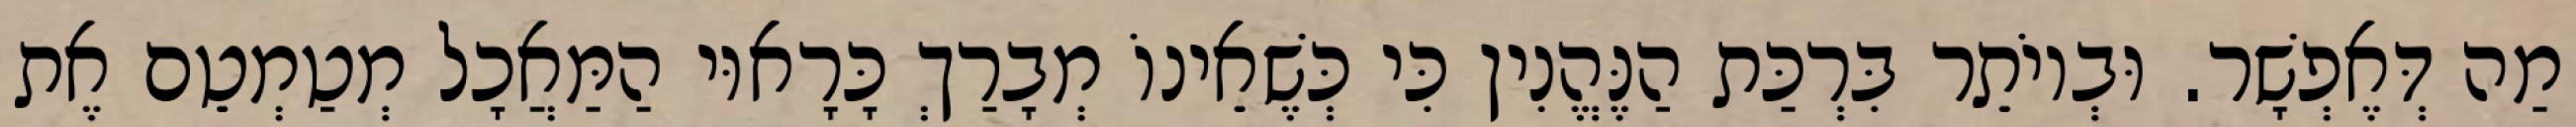
מַה דְּאֶפְשָׁר. וּבְיוֹתֵר בִּרְכַּת הַנֶּהֱנִין כִּי כְּשֶׁאֵינוֹ מְבָרַךְ כָּרָאוּי הַמַּאֲכָל מְטַמְטֵם אֶת